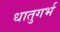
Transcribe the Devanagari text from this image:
धातुगर्भ